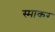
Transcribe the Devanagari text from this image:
स्‍माकर